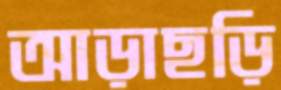
আড়াছড়ি